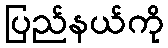
ပြည်နယ်ကို